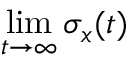
\operatorname* { l i m } _ { t \to \infty } \sigma _ { x } ( t )